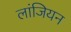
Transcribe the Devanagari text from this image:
लांजियन